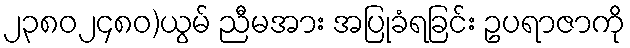
၂၃၈၀၂၄၈၀)ယွမ် ညီမအား အပြုခံရခြင်း ဥပရာဇာကို